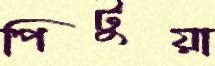
পিটুয়া